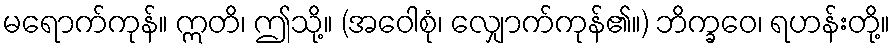
မရောက်ကုန်။ ဣတိ၊ ဤသို့။ (အဝေါစုံ၊ လျှောက်ကုန်၏။) ဘိက္ခဝေ၊ ရဟန်းတို့။